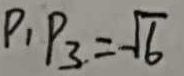
P _ { 1 } P _ { 3 } = \sqrt { 6 }